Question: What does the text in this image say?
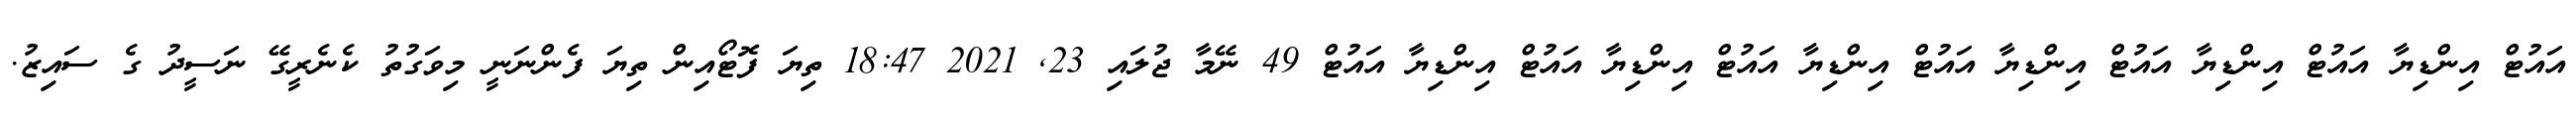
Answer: އައުޓް އިންޑިޔާ އައުޓް އިންޑިޔާ އައުޓް އިންޑިޔާ އައުޓް އިންޑިޔާ އައުޓް އިންޑިޔާ އައުޓް އިންޑިޔާ އައުޓް 49 ނޭމާ ޖުލައި 23, 2021 18:47 ތިޔަ ފޮޓޯއިން ތިޔަ ފެންނަނީ މިވަގުތު ކެނެރީގޭ ނަސީދު ގެ ސައިޒު.